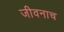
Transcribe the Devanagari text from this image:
जीवनाच